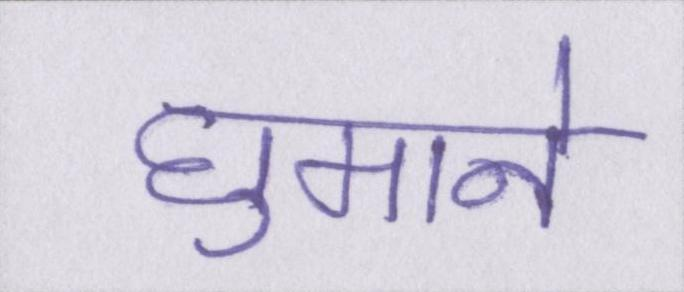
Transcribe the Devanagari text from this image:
घुमाने